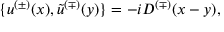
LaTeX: \{ u ^ { ( \pm ) } ( x ) , \tilde { u } ^ { ( \mp ) } ( y ) \} = - i D ^ { ( \mp ) } ( x - y ) ,